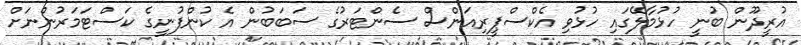
އުރީދޫން ބުނީ ހުޅުމާލޭގައި ހުޅުވި އެކްސްޕީރިއަންސް ސެންޓަރުގެ ސަބަބުން އެ ކުންފުނީގެ ކަސްޓަމަރުންނަށް